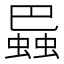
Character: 𧎱